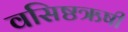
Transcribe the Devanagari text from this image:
वसिष्ठऋषी